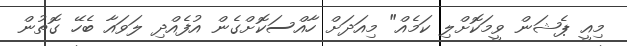
މިއީ ޕެޝަން ވީމަކޮށްލި ކަމެއް" މިއަދަށް ހާއްސަކޮށްގެން އުފެއްދި ލަވައާ ބެހޭ ގޮތުން